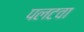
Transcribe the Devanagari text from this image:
पलटवा